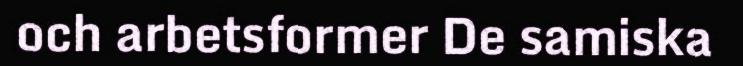
och arbetsformer De samiska